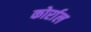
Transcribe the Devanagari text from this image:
कोर्राल